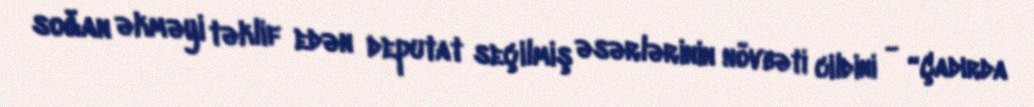
soğan əkməyi təklif edən deputat seçilmiş əsərlərinin növbəti cildini - “Çadırda